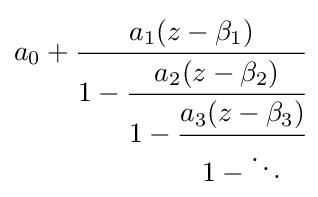
a_{0}+{\cfrac {a_{1}(z-\beta _{1})}{1-{\cfrac {a_{2}(z-\beta _{2})}{1-{\cfrac {a_{3}(z-\beta _{3})}{1-\ddots }}}}}}